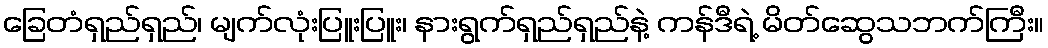
ခြေတံရှည်ရှည်၊ မျက်လုံးပြူးပြူး၊ နားရွက်ရှည်ရှည်နဲ့ ကန်ဒီရဲ့ မိတ်ဆွေသဘက်ကြီး။